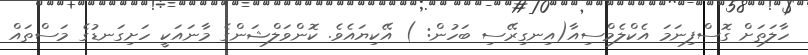
ހާލަތަށް ގޮސްފިނަމަ އެކްލެމްސިއާ(އިނގިރޭސި ބަހުން: ) އޭކިޔައެވެ. ކޮންވަލްޝަންގެ މާނައަކީ ހަށިގަނޑުގެ މަސްތައް